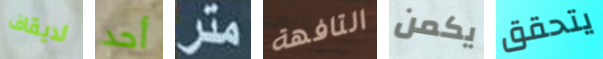
لايقاف أحد متر التافهة يكمن يتحقق